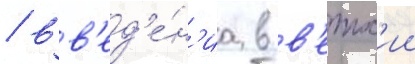
/ вв'ед'е́н'иа в в'етх'ии